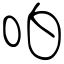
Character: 㕷